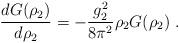
LaTeX: \begin{align*}\frac{d G(\rho_2)}{d \rho_2} = - \frac{g_2^2}{8 \pi^2} \rho_2 G(\rho_2)~.\end{align*}